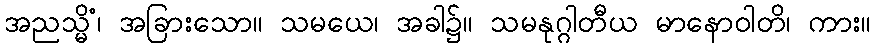
အညသ္မိံ၊ အခြားသော။ သမယေ၊ အခါ၌။ သမနုဂ္ဂါတီယ မာနောဝါတိ၊ ကား။